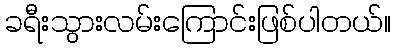
ခရီးသွားလမ်းကြောင်းဖြစ်ပါတယ်။